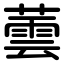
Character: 蕓